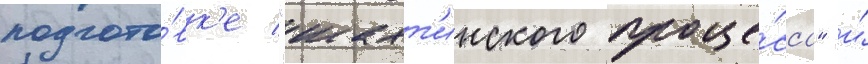
подгото́вк'е "шахт'инского проце́сса" и́